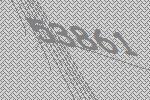
53861